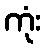
ကုံး